Lunatic asylums Central Provinces reports 1910-1926 - 1910-1926
Year: 1910
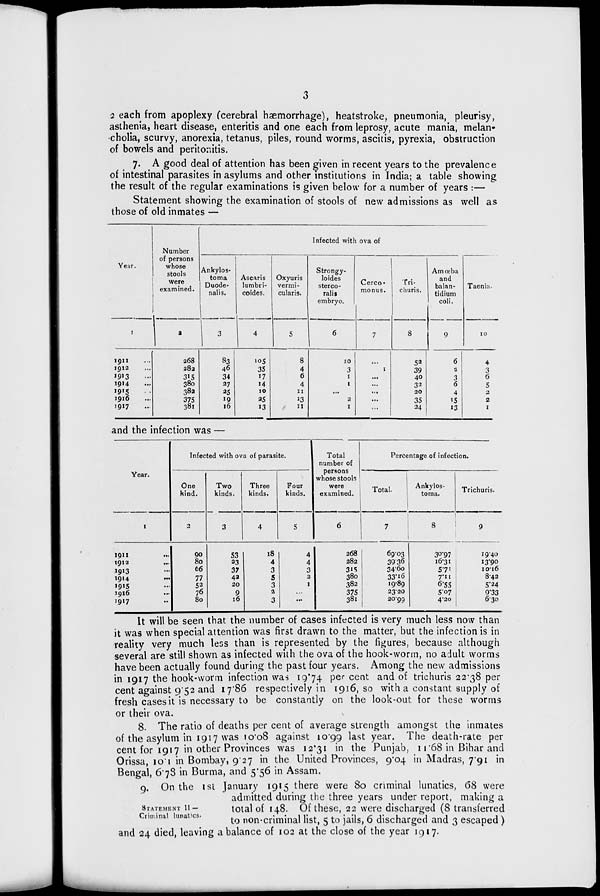
3
2 each from apoplexy (cerebral hæmorrhage), heatstroke, pneumonia, pleurisy,
asthenia, heart disease, enteritis and one each from leprosy, acute mania, melan-
cholia, scurvy, anorexia, tetanus, piles, round worms, ascitis, pyrexia, obstruction
of bowels and peritonitis.
7. A good deal of attention has been given in recent years to the prevalence
of intestinal parasites in asylums and other institutions in India; a table showing
the result of the regular examinations is given below for a number of years :—
Statement showing the examination of stools of new admissions as well as
those of old inmates —
Year.
1
1911 ...
1912 ...
1913 ...
1914 ...
1915 ...
1916 ...
1917 ...
Number
of persons
whose
stools
were
examined.
2
268
282
315
380
382
375
381
Infected with ova of
Ankylos-
toma
Duode-
nalis.
3
83
46
34
27
25
19
16
Ascaris
lumbri-
coides.
4
105
35
17
14
10
25
13
Oxyuris
vermi-
cularis.
5
8
4
6
4
11
13
11
Strongy-
loides
sterco-
ralis
embryo.
6
10
3
1
1
...
2
1
Cerco-
monus.
7
...
1
...
...
...
...
...
Tri-
churis.
8
52
39
40
32
20
35
34
Amœba
and
balan-
tidium
coli.
9
6
2
3
6
4
15
13
Taenia.
10
4
3
6
5
2
2
1
and the infection was —
Year.
1
1911 ...
1912 ...
1913 ...
1914
...
1915 ...
1916 ...
1917 ...
Infected with ova of parasite.
One
kind.
2
90
80
66
77
52
76
80
Two
kinds.
3
53
23
37
42
20
9
16
Three
kinds.
4
18
4
3
5
3
2
3
Four
kinds.
5
4
4
3
2
1
...
...
Total
number of
persons
whose stools
were
examined.
6
268
282
315
380
382
375
381
Percentage of infection.
Total.
7
69.03
39.36
34.60
33.16
19.89
23.20
20.99
Ankylos-
toma.
8
30.97
16.31
5.71
7.11
6.55
5.07
4.20
Trichuris.
9
19.40
13.90
10.16
8.42
5.24
9.33
6.30
It will be seen that the number of cases infected is very much less now than
it was when special attention was first drawn to the matter, but the infection is in
reality very much less than is represented by the figures, because although
several are still shown as infected with the ova of the hook-worm, no adult worms
have been actually found during the past four years. Among the new admissions
in 1917 the hook-worm infection was 19.74 per cent and of trichuris 22.38 per
cent against 9.52 and 17.86 respectively in 1916, so with a constant supply of
fresh cases it is necessary to be constantly on the look-out for these worms
or their ova.
8. The ratio of deaths per cent of average strength amongst the inmates
of the asylum in 1917 was 10.08 against 10.99 last year. The death-rate per
cent for 1917 in other Provinces was 12.31 in the Punjab, 11.68 in Bihar and
Orissa, 10.1 in Bombay, 9.27 in the United Provinces, 9.04 in Madras, 7.91 in
Bengal, 6.78 in Burma, and 5.56 in Assam.
STATEMENT II —
Criminal lunatics.
9. On the 1st January 1915 there were 80 criminal lunatics, 68 were
admitted during the three years under report, making a
total of 148. Of these, 22 were discharged (8 transferred
to non-criminal list, 5 to jails, 6 discharged and 3 escaped )
and 24 died, leaving a balance of 102 at the close of the year 1917.